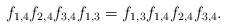
\begin{gather*}f_{1,4} f_{2,4} f_{3,4} f_{1,3}=f_{1,3} f_{1,4} f_{2,4} f_{3,4}.\end{gather*}